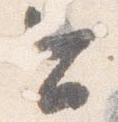
今